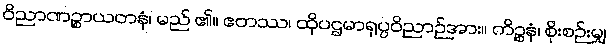
ဝိညာဏဉ္စာယတနံ၊ မည် ၏။ ဧတဿ၊ ထိုပဌမာရုပ္ပဝိညာဉ်အား။ ကိဉ္စနံ၊ စိုးစဉ်းမျှ